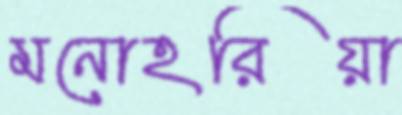
মনোহরিয়া